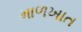
માળખાત